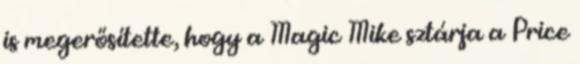
is megerősítette, hogy a Magic Mike sztárja a Price